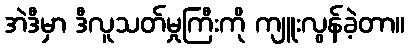
အဲဒီမှာ ဒီလူသတ်မှုကြီးကို ကျူးလွန်ခဲ့တာ။